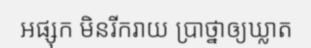
អផ្សុក មិនរីករាយ ប្រាថ្នាឲ្យឃ្លាត